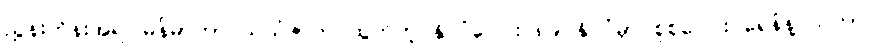
ညွှန်းကိန်းအရ မြန်မာဟာ သယံဇာတ ထွက်တဲ့ နိုင်ငံပေါင်း ၈၉ နိုင်ငံမှာ စုစုပေါင်း ရေနံနဲ့ သဘာဝ